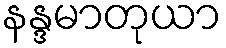
နန္ဒမာတုယာ